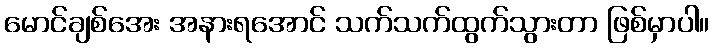
မောင်ချစ်အေး အနားရအောင် သက်သက်ထွက်သွားတာ ဖြစ်မှာပါ။